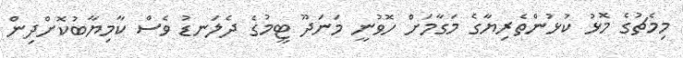
މިމެޗުގެ މޮޅު ކުޅުންތެރިޔާގެ މަގާމަށް ހޮވުނީ މަނަދޫ ޓީމުގެ ދެލަނޑު ވެސް ކާމިޔާބުކޮށްދިން